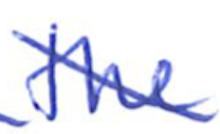
Text: the
Cross-out: diagonal
Writing tool: ballpoint